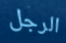
الرجل